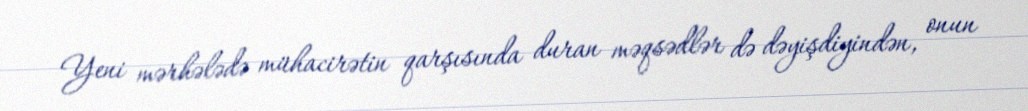
Yeni mərhələdə mühacirətin qarşısında duran məqsədlər də dəyişdiyindən, onun